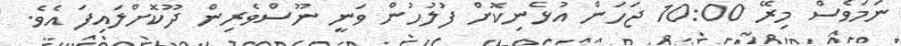
ނަމަވެސް މިރޭ 10:00 ޖަހަން އުޅެނިކޮށް ފުލުހުން ވަނީ ނޫސްވެރިން ދޫކޮށްލައިފަ އެވެ.